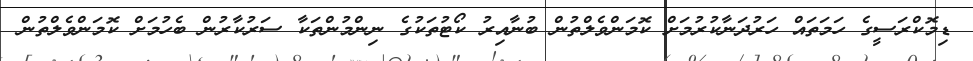
ޑިިމޮކްރަސީގެ ހަމަތައް ހަރުދަނާކުރުމަށް ކޮމަންވެލްތުން ބުނާއިރު ކޯޓުތަކުގެ ނިންމުންތަކާ ސަރުކާރުން ބެހުމަށް ކޮމަންވެލްތުން